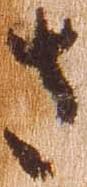
さ